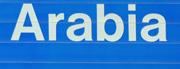
arabia